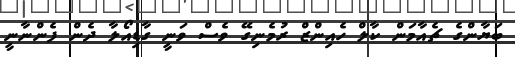
ބަޔާންގެ ޗެއާމަން ކާލް ހެއިންޒް ރުމެނިގޭ ވެސް ވަނީ ގާޑިއޯލާ ދެން ފެންނާނީ